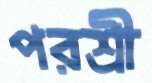
পরশ্রী